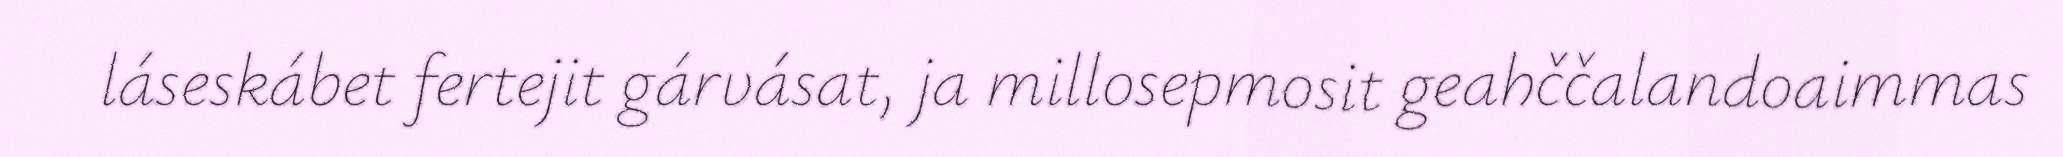
láseskábet fertejit gárvásat, ja millosepmosit geahččalandoaimmas